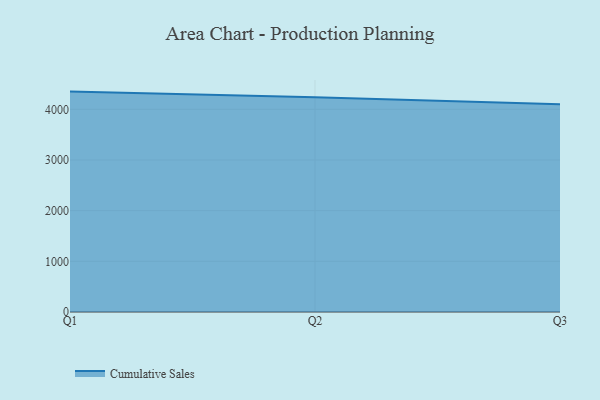
{"axis": {"x": "Quarter", "y": "Latency (ms)"}, "legend": ["Cumulative Sales"], "data": [{"x": "Q1", "y": 4349.4, "type": "Cumulative Sales"}, {"x": "Q2", "y": 4238.3, "type": "Cumulative Sales"}, {"x": "Q3", "y": 4100.1, "type": "Cumulative Sales"}]}